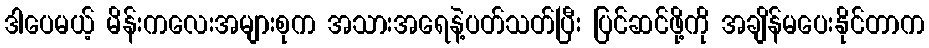
ဒါပေမယ့် မိန်းကလေးအများစုက အသားအရေနဲ့ပတ်သတ်ပြီး ပြင်ဆင်ဖို့ကို အချိန်မပေးနိုင်တာက